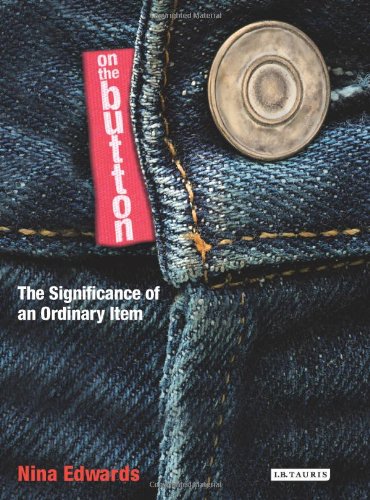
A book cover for On The Button: The Significance of an Ordinary Item; Nina Edwards; Crafts, Hobbies & Home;